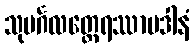
သုမင်္ဂလတ္ထေရဿာပဒါနံ